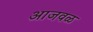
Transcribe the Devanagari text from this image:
आजवळ